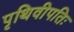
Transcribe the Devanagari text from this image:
पृथिवीपतिः